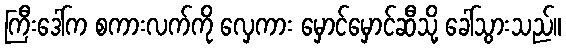
ကြီးဒေါ်က စကားလက်ကို လှေကား မှောင်မှောင်ဆီသို့ ခေါ်သွားသည်။